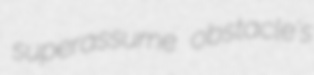
superassume obstacle's